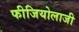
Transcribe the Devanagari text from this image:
फीजियोलाजी